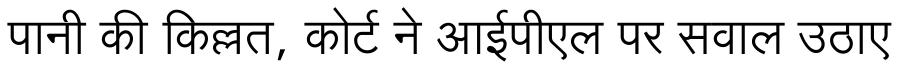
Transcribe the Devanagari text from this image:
पानी की किल्लत, कोर्ट ने आईपीएल पर सवाल उठाए